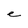
Character: e